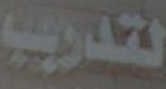
لتدريب